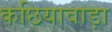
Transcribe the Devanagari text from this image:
कछियावाड़ा